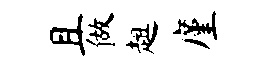
且做趄廑